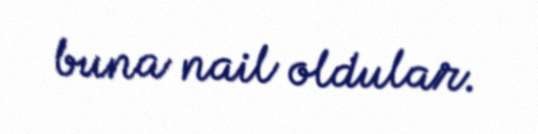
buna nail oldular.